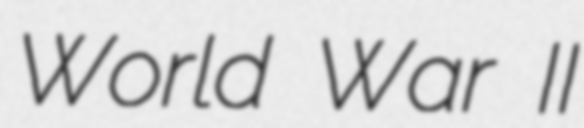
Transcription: World War II